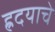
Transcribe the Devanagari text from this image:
ह्रदयाचे